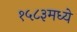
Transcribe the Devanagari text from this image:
१५८३मध्ये